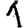
Digit: 1